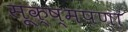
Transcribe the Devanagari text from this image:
सूक्ष्मपणा